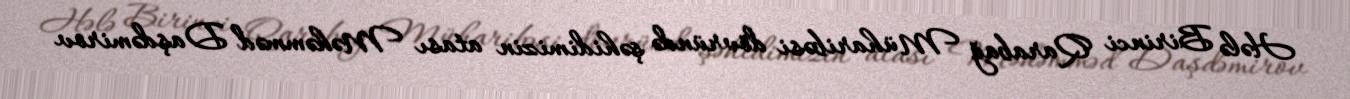
Hələ Birinci Qarabağ Müharibəsi dövründə şəhidimizin atası Məhəmməd Daşdəmirov